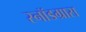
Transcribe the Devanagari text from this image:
स्नॉडग्रास